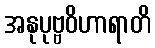
အနုပုဗ္ဗဝိဟာရာတိ